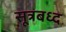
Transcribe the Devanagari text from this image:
सूत्रबध्द